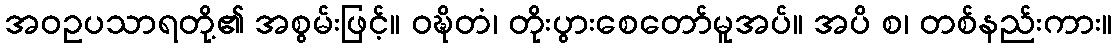
အဝဥပသာရတို့၏ အစွမ်းဖြင့်။ ဝဍ္ဎိတံ၊ တိုးပွားစေတော်မူအပ်။ အပိ စ၊ တစ်နည်းကား။